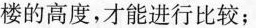
楼的高度，才能进行比较；